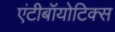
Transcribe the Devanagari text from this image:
एंटीबॉयोटिक्स